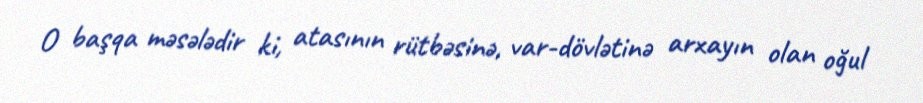
O başqa məsələdir ki, atasının rütbəsinə, var-dövlətinə arxayın olan oğul